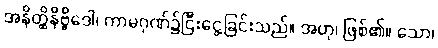
အနိတ္ထိနိဗ္ဗိဒေါ၊ ကာမဂုဏ်၌ငြီးငွေ့ခြင်းသည်။ အဟု၊ ဖြစ်၏။ သော၊